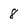
Character: 8